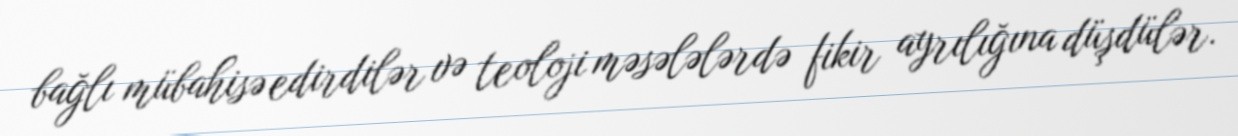
bağlı mübahisə edirdilər və teoloji məsələlərdə fikir ayrılığına düşdülər.